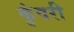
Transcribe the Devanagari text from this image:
कुंवरी